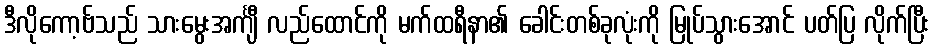
ဒီလိုကော့ဗ်သည် သားမွေးအင်္ကျီ လည်ထောင်ကို မက်ထရီနာ၏ ခေါင်းတစ်ခုလုံးကို မြုပ်သွားအောင် ပတ်ပြ လိုက်ပြီး